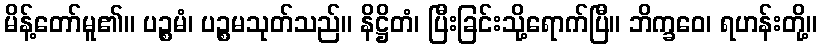
မိန့်တော်မူ၏။ ပဉ္စမံ၊ ပဉ္စမသုတ်သည်။ နိဋ္ဌိတံ၊ ပြီးခြင်းသို့ရောက်ပြီ။ ဘိက္ခဝေ၊ ရဟန်းတို့။